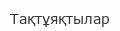
Тақтұяқтылар